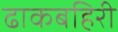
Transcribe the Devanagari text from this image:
ढाकबहिरी